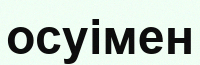
осуімен